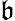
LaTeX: \mathfrak{b}